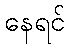
နေရင်